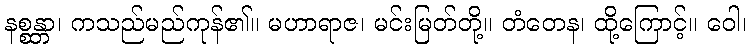
နစ္စန္တာ၊ ကသည်မည်ကုန်၏။ မဟာရာဇ၊ မင်းမြတ်တို့။ တံတေန၊ ထို့ကြောင့်။ ဝေါ၊